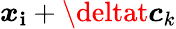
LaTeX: \boldsymbol{x}_{\mathbf{i}}+\deltat\boldsymbol{c}_{k}